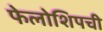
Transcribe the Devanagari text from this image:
फेलोशिपची